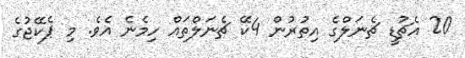
20 އެޗުޑީ ޗެނަލްގެ އިތުރުން 4ކޭ ޗެނަލްތައް ހިމެނެ އެވެ. މި ޕެކޭޖުގެ